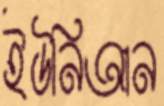
ইউনিআন